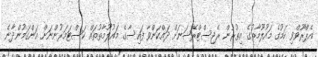
އެޕްރޫވްވި ކަމުގެ މައުލޫމާތުގެ އިތުރުން ރެޖިސްޓްރޭޝަނަށް ދައްކަންވާ ފައިސާގެ މައުލޫމާތުތައް ކަސްޓަމަރުންނަށް އަންގަމުންދާނެ